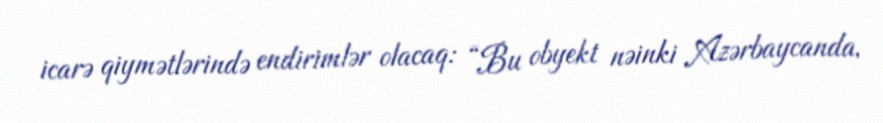
icarə qiymətlərində endirimlər olacaq: “Bu obyekt nəinki Azərbaycanda,